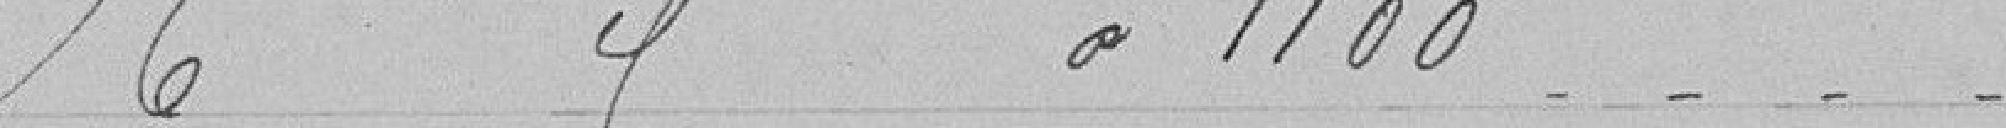
6 cantonniers à 1100